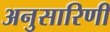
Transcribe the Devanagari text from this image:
अनुसारिणी